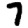
Digit: 7